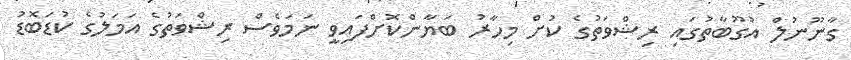
ގާނޫނުލް އުގޫބާތުގައި ރިޝްވަތުގެ ކުށް މިހާރު ބަޔާންކޮށްފައިވީ ނަމަވެސް ރިޝްވަތުގެ އަމަލުގެ ކުޑަބޮޑު